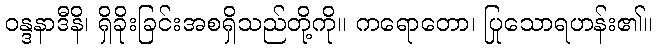
ဝန္ဒနာဒီနိ၊ ရှိခိုးခြင်းအစရှိသည်တို့ကို။ ကရောတော၊ ပြုသောရဟန်း၏။